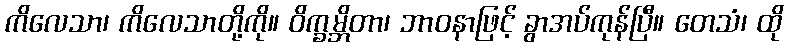
ကိလေသာ၊ ကိလေသာတို့ကို။ ဝိက္ခမ္ဘိတာ၊ ဘာဝနာဖြင့် ခွာအပ်ကုန်ပြီ။ တေသံ၊ ထို